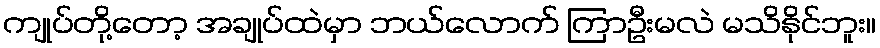
ကျုပ်တို့တော့ အချုပ်ထဲမှာ ဘယ်လောက် ကြာဦးမလဲ မသိနိုင်ဘူး။